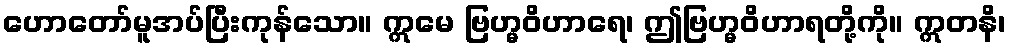
ဟောတော်မူအပ်ပြီးကုန်သော။ ဣမေ ဗြဟ္မဝိဟာရေ၊ ဤဗြဟ္မဝိဟာရတို့ကို။ ဣတနိ၊